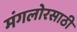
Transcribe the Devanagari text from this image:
मंगलोरसाठी